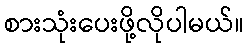
စားသုံးပေးဖို့လိုပါမယ်။